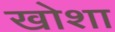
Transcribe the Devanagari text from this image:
खोशा